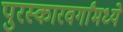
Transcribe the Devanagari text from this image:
पुरस्कारवर्गांमध्ये